Annual report on vaccination in Mysore, 1878-1879 - 1878-1879
Year: 1878
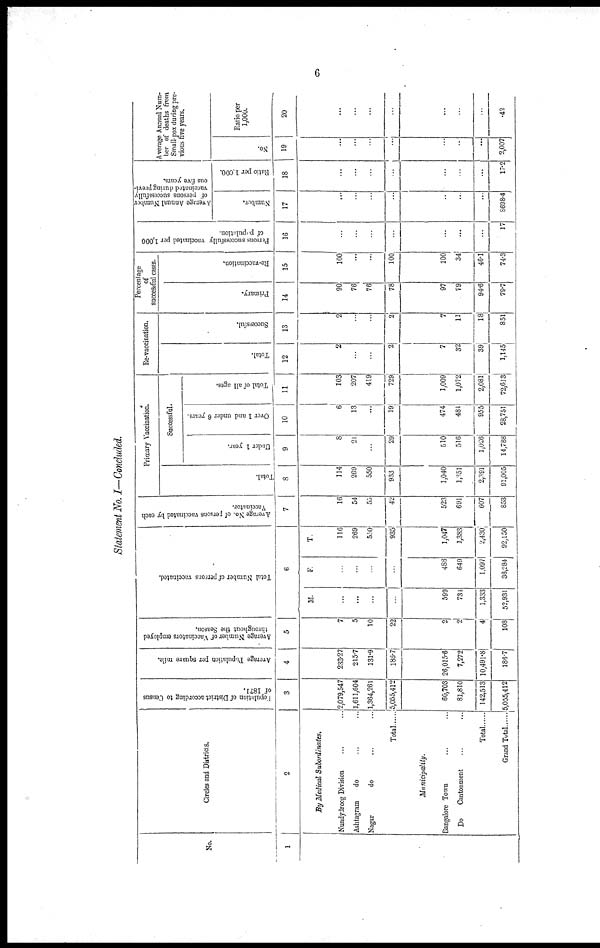
6
Statement No. I—Concluded.
No.
1
Circles and Districts.
2
By Medical Subordinates.
Nundydroog Division ... ...
Ashtagram
do ... ...
Nagar
do ... ...
Total
Municipality.
Bangalore Town ... ...
Do
Cantonment ... ...
Total
Grand Total ......
Population of District according to Census
of 1871.
3
2,079,547
1,611,604
1,364,261
5,055,412
60,703
81,810
142,513
5,055,412
Average Population per square mile.
4
233.27
215.7
131.9
186.7
26,015.6
7,272
10,491.8
186.7
Average Number of Vaccinators employed
throughout the Season.
5
7
5
10
22
2
2
4
108
Total Number of persons vaccinated.
6
M.
...
...
...
...
599
734
1,333
52,931
F.
...
...
...
...
488
649
1,097
38,284
T.
116
269
550
935
1,047
1,383
2,430
92,150
Average No. of persons vaccinated by each
Vaccinator.
7
16
54
55
42
523
691
607
853
Primary Vaccination.
Total.
8
114
269
550
933
1,040
1,351
2,391
91,005
Successful.
Under 1 year.
9
8
21
...
29
510
516
1,026
14,788
Over 1 and under 6 years.
10
6
13
...
19
474
481
955
28,751
Total of all ages.
11
103
207
419
729
1,009
1,072
2,081
72,613
Re-vaccination.
Total.
12
2
...
...
2
7
32
39
1,145
Successful.
13
2
...
...
2
7
11
18
851
Percentage
of
successful cases.
Primary.
14
90
76
76
78
97
79
94.6
79.7
Re-vaccination.
15
100
...
...
100
100
34
46.1
74.3
Persons successfully vaccinated per 1,000
of population.
16
...
...
...
...
...
...
...
17
Average Annual Number
of persons successfully
vaccinated during previ-
ous five years.
Number.
17
...
...
...
...
...
...
...
8698.4
Ratio per 1,000.
18
...
...
...
...
...
...
...
17.2
Average Annual Num-
ber of deaths from
Small-pox during pre-
vious five years.
No.
19
...
...
...
...
...
...
...
2,007
Ratio per
1,000.
20
...
...
...
...
...
...
.42